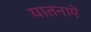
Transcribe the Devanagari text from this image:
यातनाऐं